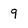
Character: 9